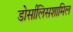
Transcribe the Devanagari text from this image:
डोर्सालिसशामिल